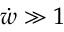
\dot { w } \gg 1